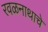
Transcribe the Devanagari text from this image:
रवळनाथाचे